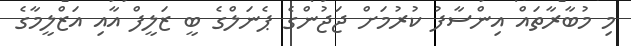
މި މުބާރާތައް އިންސާފު ކުރުމަށް ޖަޖުންގެ ޕެނަލްގެ ބީ ޒަލީފް އާއި އަޒްލީމާގެ